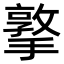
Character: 撉